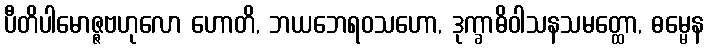
ပီတိပါမောဇ္ဇဗဟုလော ဟောတိ, ဘယဘေရဝသဟော, ဒုက္ခာဓိဝါသနသမတ္ထော, ဓမ္မေန